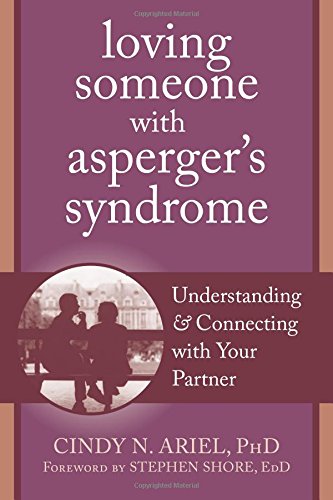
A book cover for Loving Someone with Asperger's Syndrome: Understanding and Connecting with your Partner (The New Harbinger Loving Someone Series); Cindy Ariel PhD; Parenting & Relationships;